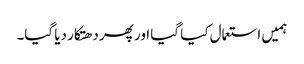
ہمیں استعمال کیا گیا اور پھر دھتکار دیا گیا۔